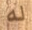
له